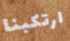
ارتكبنا